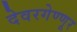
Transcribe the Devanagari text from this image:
देवरगेण्णूर